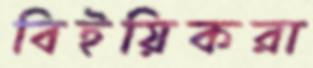
বিইয়িকরা